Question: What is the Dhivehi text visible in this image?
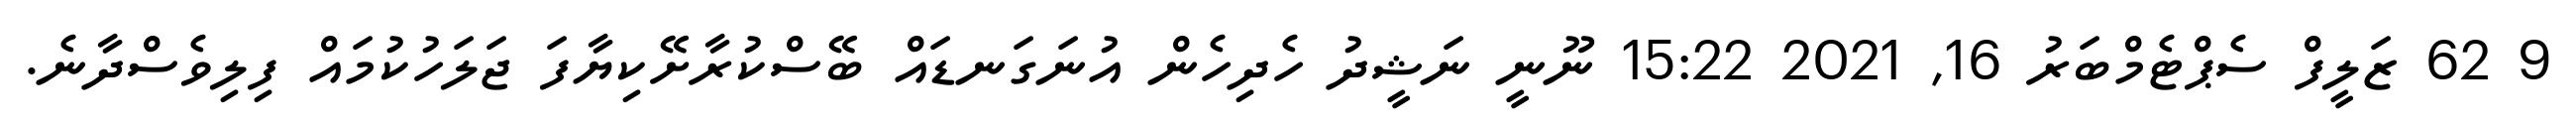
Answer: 9 62 ޒަލީފް ސެޕްޓެމްބަރު 16, 2021 15:22 ނޫނީ ނަޝީދު ހެދިހެން އުނަގަނޑައް ބޭސްކުރާށޭކިޔާފަ ޖަލަހުކުމައް ފިލިވެސްދާނެ.